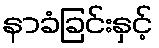
နာခံခြင်းနှင့်